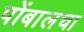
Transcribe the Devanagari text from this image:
पोंबालचा